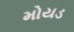
મોયડ